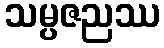
သမ္ပဇညဿ